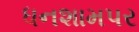
ધનશામપર